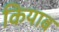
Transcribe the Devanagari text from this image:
कियाब